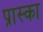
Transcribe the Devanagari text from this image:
प्रास्का